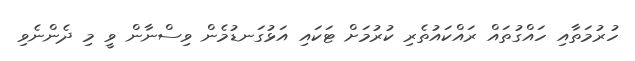
ހުރުމަތާއި ހައްގުތައް ރައްކައުތެރި ކުރުމަށް ޓަކައި އަޅުގަނޑުމެން ވިސްނާން ވީ މި ދެންނެވި